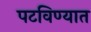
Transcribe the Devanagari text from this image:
पटविण्यात